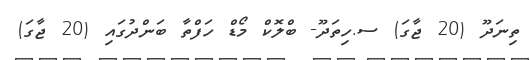
ތިނަދޫ (20 ޖާގަ) ސ.ހިތަދޫ- ބްލޮކް މޯޑް ހަފްތާ ބަންދުގައި (20 ޖާގަ)